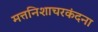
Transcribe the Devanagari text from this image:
मत्तनिशाचरकंदना